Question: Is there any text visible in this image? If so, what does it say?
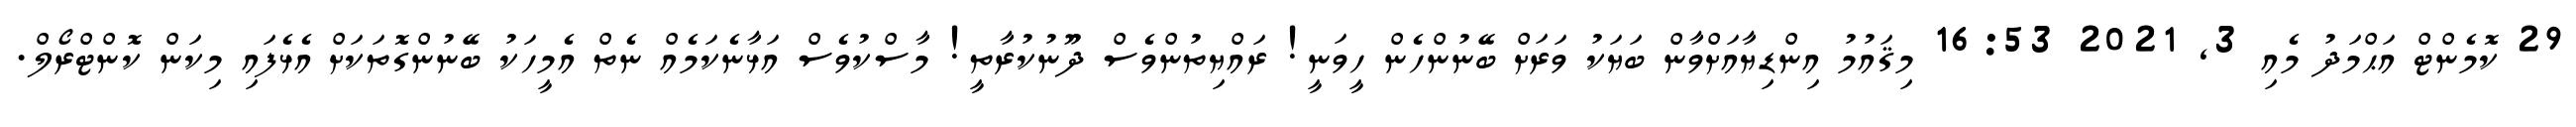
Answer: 29 ކޮމެންޓް އަޙްމަދު މެއި 3, 2021 16:53 މިޤައުމު އިންޑިޔާއަށްވާން ބަޔަކު ވަރަށް ބޭނުންހެން ހީވަނީ! ރައްޔިތުންވެސް ދޫނުކުރާތީ! މާސްކުވެސް އަޅާނެކަމެއް ނެތް އެމީހަކު ބޭނުންގޮތަކަށް އެޅެފައި މިކަން ކޮންޓްރޯލް.